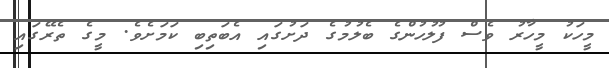
މީހަކު މީހާރު ވެސް ފުލުހުންގެ ބެލުމުގެ ދަށުގައި އެބަތިބި ކަމަށެވެ. މީގެ ތެރޭގައި